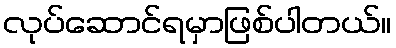
လုပ်ဆောင်ရမှာဖြစ်ပါတယ်။